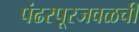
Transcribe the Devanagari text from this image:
पंढरपूरजवळची